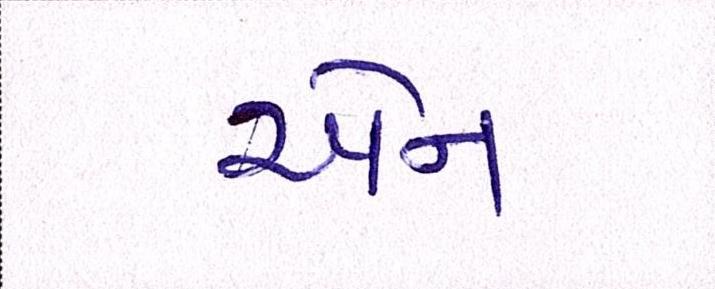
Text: એન